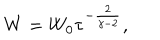
LaTeX: W = W _ { 0 } \tau ^ { - { \frac { 2 } { \gamma - 2 } } } ,